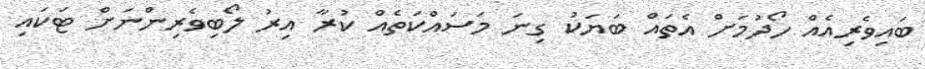
ބައިވެރިއެއް ހޯދުމަށް އެތައް ބަޔަކު ގިނަ މަސައްކަތެއް ކުރާ އިރު ލޯބިވެރިންނަށް ޓަކައި